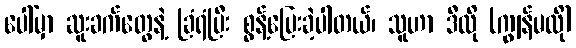
ပေါ်မှာ ဆူးခက်တွေနဲ့ ခြံရံပြီး စွန့်ပြေးခဲ့ပါတယ်၊ သူဟာ ဒီလို (ကျွန်မလို)